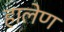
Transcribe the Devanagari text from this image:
हालेण